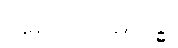
အရဟသမ္ဗုဒ္ဓေါ